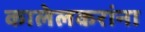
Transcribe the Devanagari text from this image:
कालेलकरांना